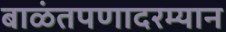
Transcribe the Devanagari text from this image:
बाळंतपणादरम्यान